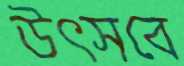
উৎসবে